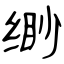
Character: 缈